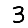
Digit: 3